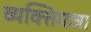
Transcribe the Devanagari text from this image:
व्यक्तिमात्रा